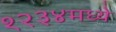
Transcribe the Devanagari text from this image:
१२३४मध्ये